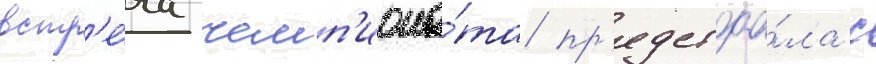
встр'е́ча чемп'иона́та пр'едстоа́ла с